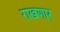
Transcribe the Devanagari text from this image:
राखणार